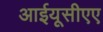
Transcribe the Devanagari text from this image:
आईयूसीएए